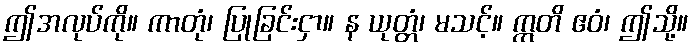
ဤအလုပ်ကို။ ကာတုံ၊ ပြုခြင်းငှာ။ န ယုတ္တံ၊ မသင့်။ ဣတိ ဧဝံ၊ ဤသို့။